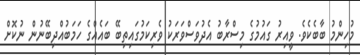
މުހިންމު ބާބެކެވެ. ވީއިރު ގައުމުގެ މިސްރާބު އެދުވަސްވަރަކު ވެރިކަމުގައިތިބޭ ބައެއްގެ ހަމަބުއްދިބޭނުން ނުކޮށް